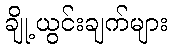
ချို့ယွင်းချက်များ